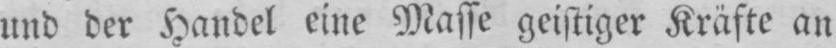
und der Handel eine Masse geistiger Kräfte an